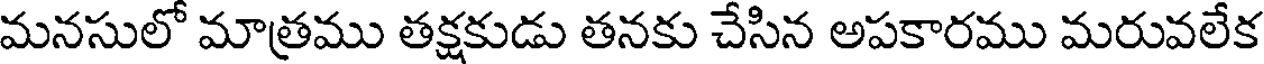
మనసులో మాత్రము తక్షకుడు తనకు చేసిన అపకారము మరువలేక